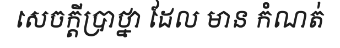
សេចក្តីប្រាថ្នា ដែល មាន កំណត់